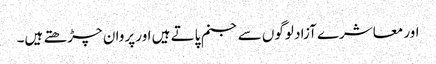
اور معاشرے آزاد لوگوں سے جنم پاتے ہیں اور پروان چڑھتے ہیں۔